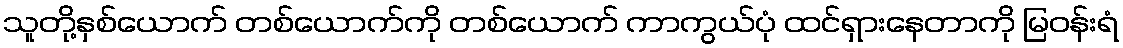
သူတို့နှစ်ယောက် တစ်ယောက်ကို တစ်ယောက် ကာကွယ်ပုံ ထင်ရှားနေတာကို မြဝန်းရံ